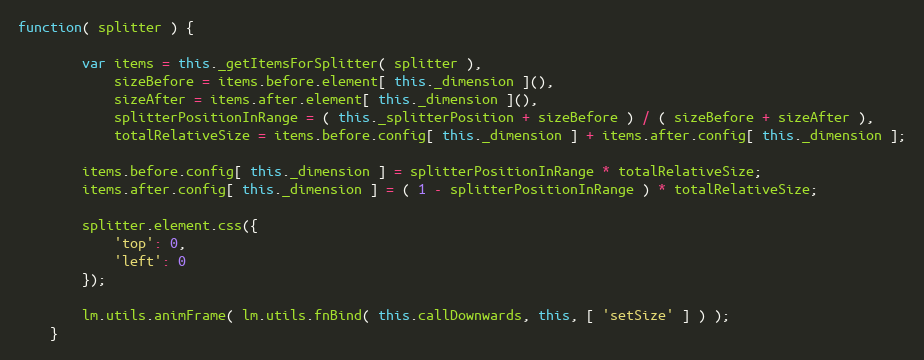
Language: JavaScript
function( splitter ) {

		var items = this._getItemsForSplitter( splitter ),
			sizeBefore = items.before.element[ this._dimension ](),
			sizeAfter = items.after.element[ this._dimension ](),
			splitterPositionInRange = ( this._splitterPosition + sizeBefore ) / ( sizeBefore + sizeAfter ),
			totalRelativeSize = items.before.config[ this._dimension ] + items.after.config[ this._dimension ];

		items.before.config[ this._dimension ] = splitterPositionInRange * totalRelativeSize;
		items.after.config[ this._dimension ] = ( 1 - splitterPositionInRange ) * totalRelativeSize;

		splitter.element.css({
			'top': 0,
			'left': 0
		});

		lm.utils.animFrame( lm.utils.fnBind( this.callDownwards, this, [ 'setSize' ] ) );
	}